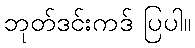
ဘုတ်ဒင်းကဒ် ပြပါ။